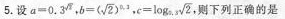
5.设$$a = 0 . 3 ^ { \sqrt { 2 } }$$，$$b = ( \sqrt { 2 } ) ^ { 0 . 3 }$$,$$c = \log _ { 0 . 3 } \sqrt { 2 }$$ 则下列正确的是